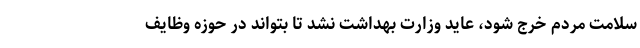
سلامت مردم خرج شود، عاید وزارت بهداشت نشد تا بتواند در حوزه وظایف